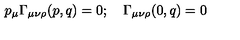
p _ { \mu } \Gamma _ { \mu \nu \rho } ( p , q ) = 0 ; \quad \Gamma _ { \mu \nu \rho } ( 0 , q ) = 0